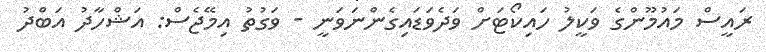
ރައީސް މައުމޫންގެ ވަކީލު ހައިކޯޓަށް ވަދެވަޑައިގެންނަވަނީ - ވަގުތު އިމޭޖެސް: އަޝްހާދު އަބްދު